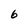
Character: 6